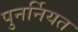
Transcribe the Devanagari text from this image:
पुनर्नियत